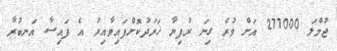
ޖުމްލަ 277000 އަށް ވުރެ ގިނަ ރުފިޔާ ޚަރަދުކޮށްފައިވާއިރު އެ ފައިސާ އަނބުރާ